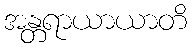
အန္တရာယာယာတိ